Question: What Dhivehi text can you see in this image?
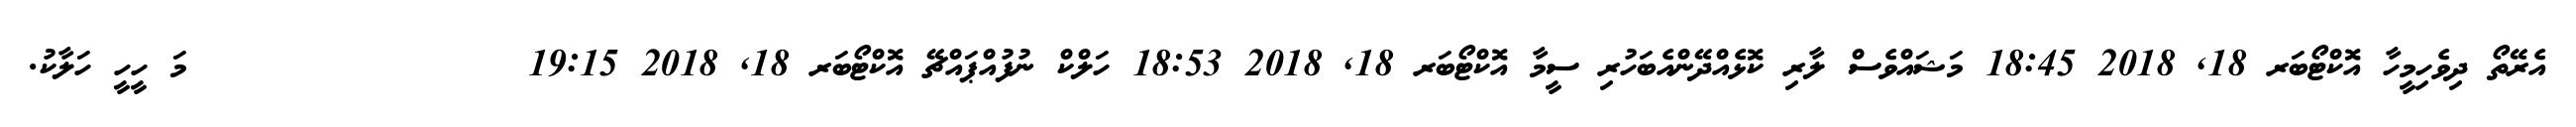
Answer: އެރޭތޯ ދިވެހިމީހާ އޮކްޓޯބަރ 18, 2018 18:45 މަޝައްވެސް ލާރި ކޮޅެއްދޭންއެބަހުރި ސީމާ އޮކްޓޯބަރ 18, 2018 18:53 ހަލްކް ނުފުއްޕައްޗޭ އޮކްޓޯބަރ 18, 2018 19:15 ?????????????????????މަ ހީހީ ހަލާކު.